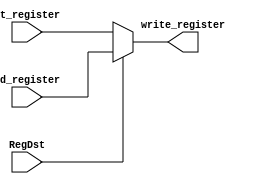
module Mux_Register(RegDst,rt_register, rd_register, write_register);

	input RegDst;
	input [4:0]rt_register,rd_register;
	output [4:0] write_register;

	assign write_register = (RegDst == 1'b1) ? rd_register : rt_register;

endmodule